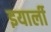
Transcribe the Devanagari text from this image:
इयार्ली